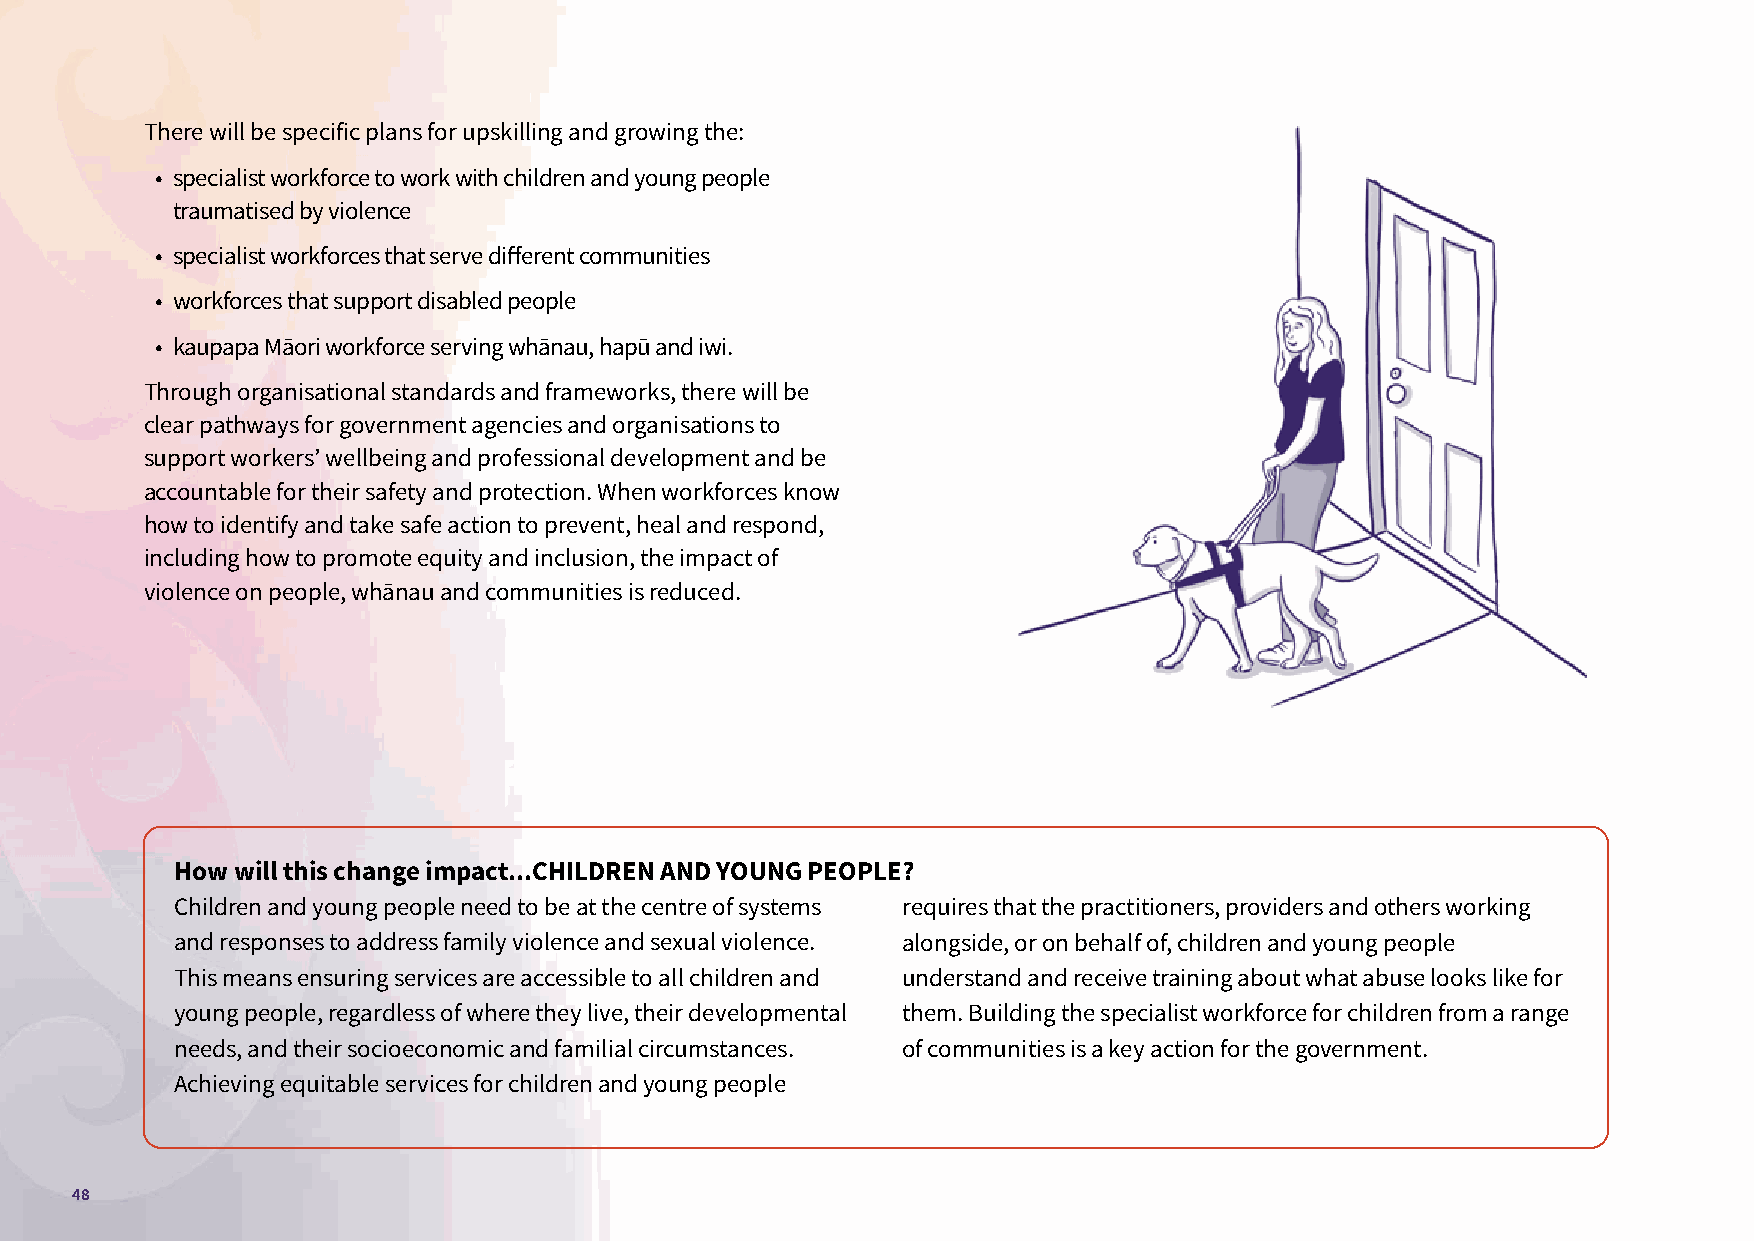
There will be specific plans for upskilling and growing the:
 • specialist workforce to work with children and young people
 traumatised by violence
 • specialist workforces that serve different communities
 • workforces that support disabled people
 • kaupapa Māori workforce serving whānau, hapū and iwi.
 Through organisational standards and frameworks, there will be
 clear pathways for government agencies and organisations to
 support workers’ wellbeing and professional development and be
 accountable for their safety and protection. When workforces know
 how to identify and take safe action to prevent, heal and respond,
 including how to promote equity and inclusion, the impact of
 violence on people, whānau and communities is reduced.
 How will this change impact...CHILDREN AND YOUNG PEOPLE?
 Children and young people need to be at the centre of systems requires that the practitioners, providers and others working
 and responses to address family violence and sexual violence. alongside, or on behalf of, children and young people
 This means ensuring services are accessible to all children and understand and receive training about what abuse looks like for
 young people, regardless of where they live, their developmental them. Building the specialist workforce for children from a range
 needs, and their socioeconomic and familial circumstances. of communities is a key action for the government.
 Achieving equitable services for children and young people
 48